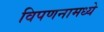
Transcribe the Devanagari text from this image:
विपणनामध्ये